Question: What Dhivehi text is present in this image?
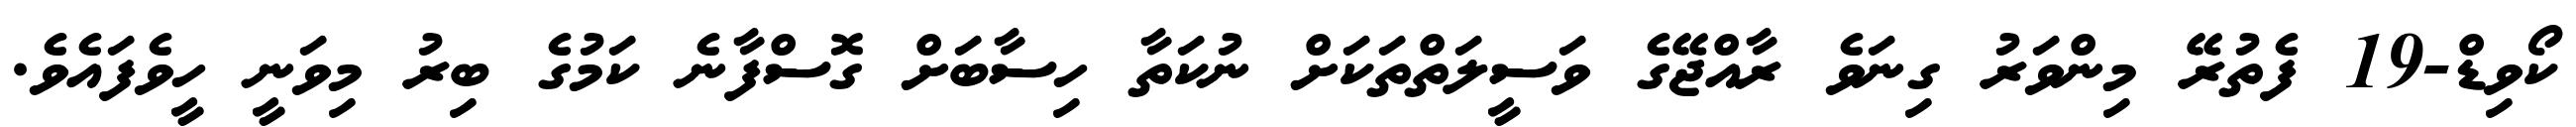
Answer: ކޯވިޑް-19 ފެތުރޭ މިންވަރު ގިނަވެ ރާއްޖޭގެ ވަސީލަތްތަކަށް ނުކަތާ ހިސާބަށް ގޮސްފާނެ ކަމުގެ ބިރު މިވަނީ ހީވެފައެވެ.